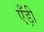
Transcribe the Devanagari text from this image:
एँड़ी